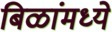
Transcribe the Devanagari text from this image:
बिळांमध्ये